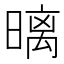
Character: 𣉽